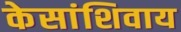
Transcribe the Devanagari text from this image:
केसांशिवाय